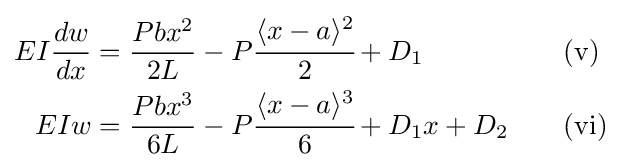
{\begin{aligned}EI{\dfrac {dw}{dx}}&={\dfrac {Pbx^{2}}{2L}}-P{\cfrac {\langle x-a\rangle ^{2}}{2}}+D_{1}&&\quad \mathrm {(v)} \\EIw&={\dfrac {Pbx^{3}}{6L}}-P{\cfrac {\langle x-a\rangle ^{3}}{6}}+D_{1}x+D_{2}&&\quad \mathrm {(vi)} \end{aligned}}